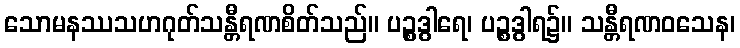
သောမနဿသဟဂုတ်သန္တီရဏစိတ်သည်။ ပဉ္စွဒွါရေ၊ ပဉ္စဒွါရ၌။ သန္တီရဏဝသေန၊